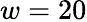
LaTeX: w=20